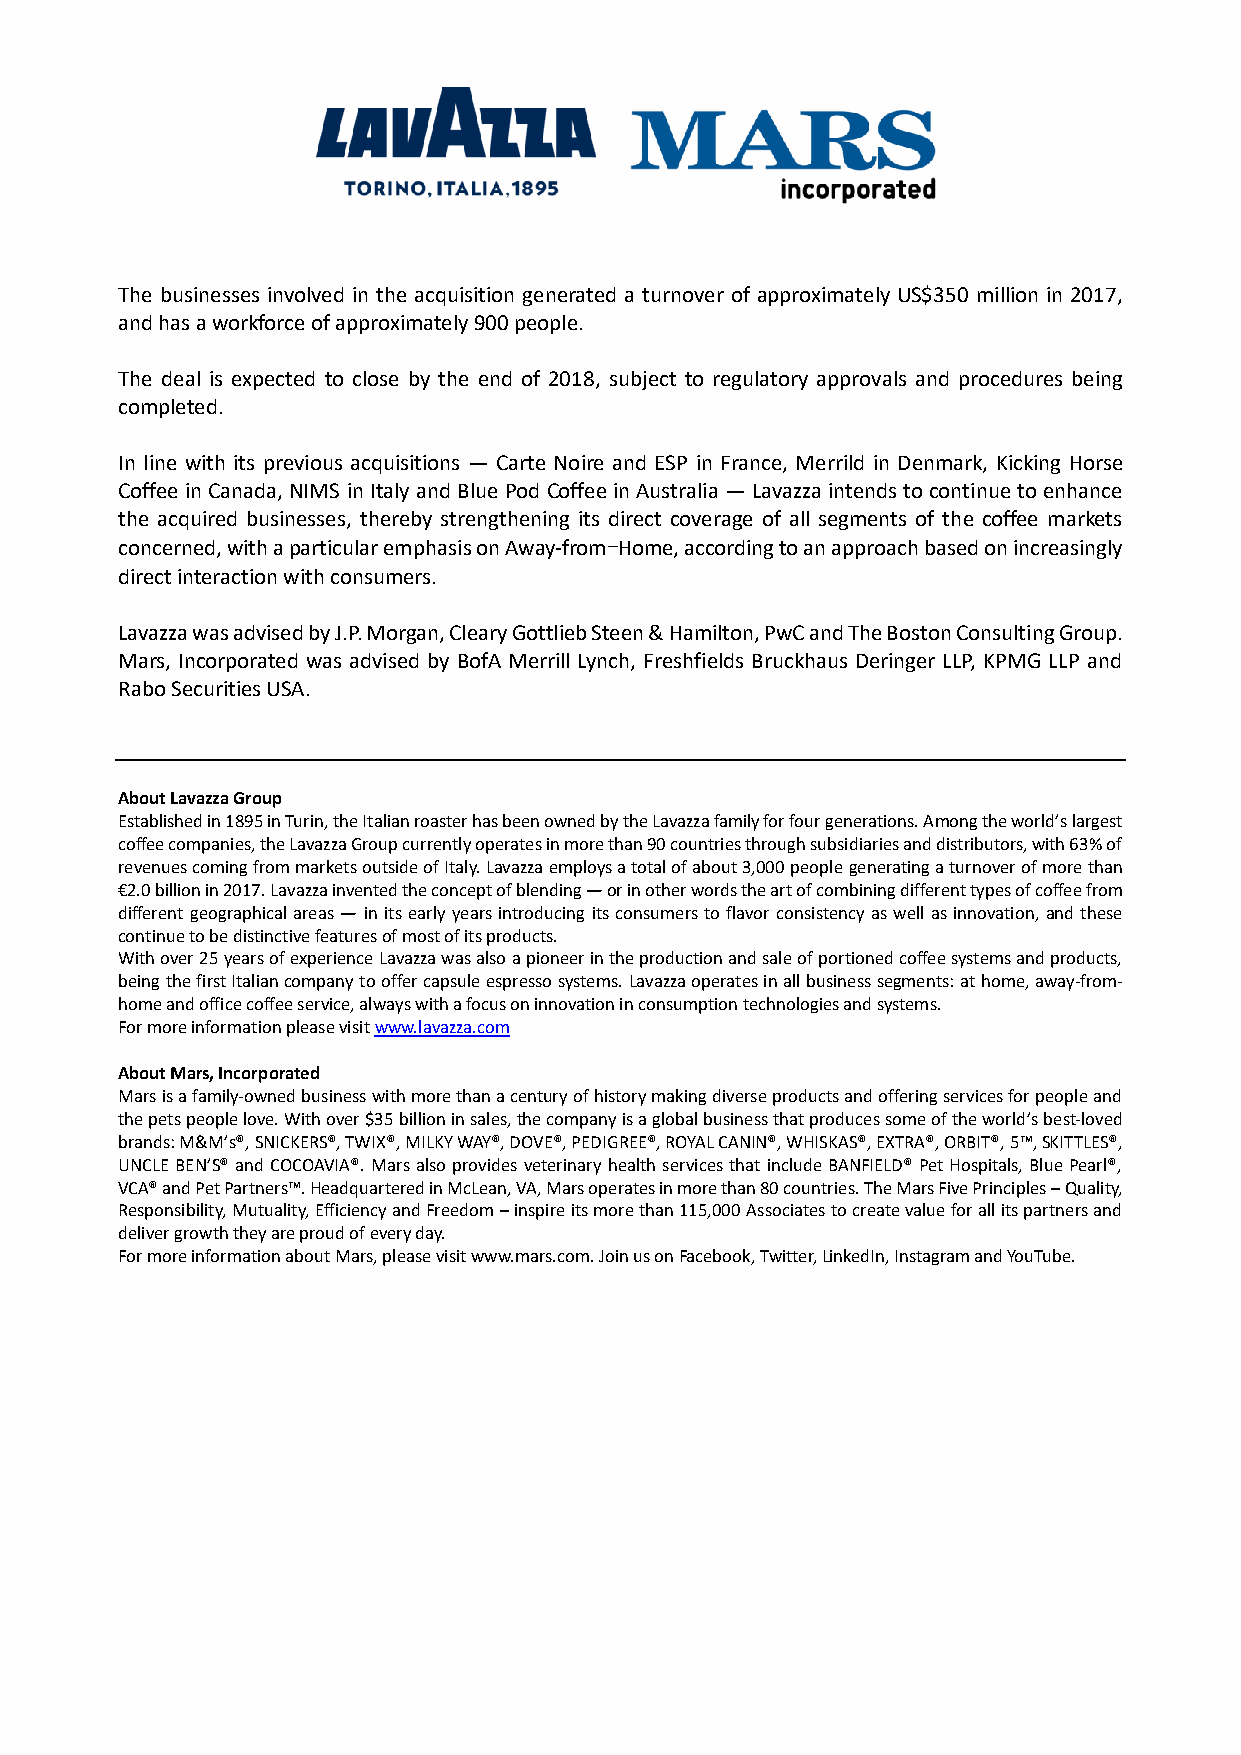
The businesses involved in the acquisition generated a turnover of approximately US$350 million in 2017,
 and has a workforce of approximately 900 people.
 The deal is expected to close by the end of 2018, subject to regulatory approvals and procedures being
 completed.
 In line with its previous acquisitions — Carte Noire and ESP in France, Merrild in Denmark, Kicking Horse
 Coffee in Canada, NIMS in Italy and Blue Pod Coffee in Australia — Lavazza intends to continue to enhance
 the acquired businesses, thereby strengthening its direct coverage of all segments of the coffee markets
 concerned, with a particular emphasis on Away-from-Home, according to an approach based on increasingly
 direct interaction with consumers.
 Lavazza was advised by J.P. Morgan, Cleary Gottlieb Steen & Hamilton, PwC and The Boston Consulting Group.
 Mars, Incorporated was advised by BofA Merrill Lynch, Freshfields Bruckhaus Deringer LLP, KPMG LLP and
 Rabo Securities USA.
 About Lavazza Group
 Established in 1895 in Turin, the Italian roaster has been owned by the Lavazza family for four generations. Among the world’s largest
 coffee companies, the Lavazza Group currently operates in more than 90 countries through subsidiaries and distributors, with 63% of
 revenues coming from markets outside of Italy. Lavazza employs a total of about 3,000 people generating a turnover of more than
 €2.0 billion in 2017. Lavazza invented the concept of blending — or in other words the art of combining different types of coffee from
 different geographical areas — in its early years introducing its consumers to flavor consistency as well as innovation, and these
 continue to be distinctive features of most of its products.
 With over 25 years of experience Lavazza was also a pioneer in the production and sale of portioned coffee systems and products,
 being the first Italian company to offer capsule espresso systems. Lavazza operates in all business segments: at home, away-from-
 home and office coffee service, always with a focus on innovation in consumption technologies and systems.
 For more information please visit www.lavazza.com
 About Mars, Incorporated
 Mars is a family-owned business with more than a century of history making diverse products and offering services for people and
 the pets people love. With over $35 billion in sales, the company is a global business that produces some of the world’s best-loved
 brands: M&M’s®, SNICKERS®, TWIX®, MILKY WAY®, DOVE®, PEDIGREE®, ROYAL CANIN®, WHISKAS®, EXTRA®, ORBIT®, 5™, SKITTLES®,
 UNCLE BEN’S® and COCOAVIA®. Mars also provides veterinary health services that include BANFIELD® Pet Hospitals, Blue Pearl®,
 VCA® and Pet Partners™. Headquartered in McLean, VA, Mars operates in more than 80 countries. The Mars Five Principles – Quality,
 Responsibility, Mutuality, Efficiency and Freedom – inspire its more than 115,000 Associates to create value for all its partners and
 deliver growth they are proud of every day.
 For more information about Mars, please visit www.mars.com. Join us on Facebook, Twitter, LinkedIn, Instagram and YouTube.